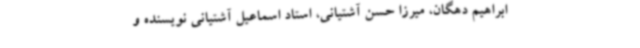
ابراهیم دهگان، میرزا حسن آشتیانی، استاد اسماعیل آشتیانی نویسنده و